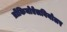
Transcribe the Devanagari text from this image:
ब्रोंकियोऐलवियोलर